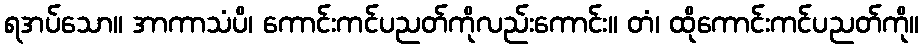
ရအပ်သော။ အာကာသံပိ၊ ကောင်းကင်ပညတ်ကိုလည်းကောင်း။ တံ၊ ထိုကောင်းကင်ပညတ်ကို။